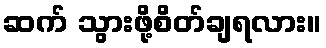
ဆက် သွားဖို့စိတ်ချရလား။